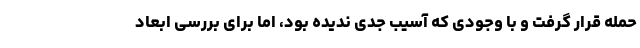
حمله قرار گرفت و با وجودی که آسیب جدی ندیده بود، اما برای بررسی ابعاد